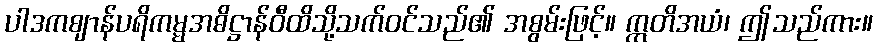
ပါဒကဈာန်ပရိကမ္မအဓိဋ္ဌာန်ဝီထိသို့သက်ဝင်သည်၏ အစွမ်းဖြင့်။ ဣတိအယံ၊ ဤသည်ကား။